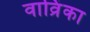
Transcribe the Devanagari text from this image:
वाव्रिंका